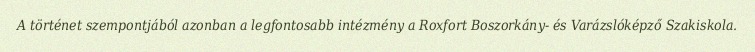
A történet szempontjából azonban a legfontosabb intézmény a Roxfort Boszorkány- és Varázslóképző Szakiskola.